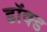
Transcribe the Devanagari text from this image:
डॉक्ड